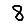
Digit: 8